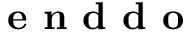
\textbf { e n d d o }